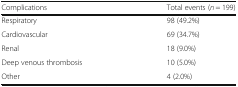
| Complications | Total events (n = 199) |
 | --- | --- |
 | Respiratory | 98 (49.2%) |
 | Cardiovascular | 69 (34.7%) |
 | Renal | 18 (9.0%) |
 | Deep venous thrombosis | 10 (5.0%) |
 | Other | 4 (2.0%) |